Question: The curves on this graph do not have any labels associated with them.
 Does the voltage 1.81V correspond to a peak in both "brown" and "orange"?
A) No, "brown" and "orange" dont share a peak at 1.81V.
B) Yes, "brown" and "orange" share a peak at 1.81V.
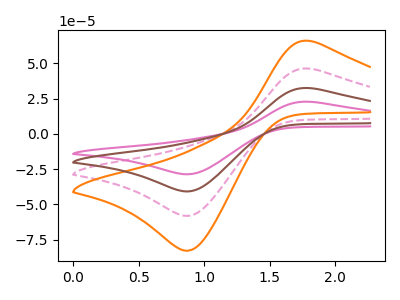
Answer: <think>The pink curve "pink" has an anodic peak at (1.80V, 138.35uA) and a cathodic peak at (0.90V, -174.25uA). The pink dashed curve "pink dashed" has an anodic peak at (1.80V, 46.10uA) and a cathodic peak at (0.90V, -58.10uA). The orange curve "orange" has an anodic peak at (1.80V, 65.70uA) and a cathodic peak at (0.90V, -82.75uA). The brown curve "brown" has an anodic peak at (1.80V, 92.25uA) and a cathodic peak at (0.90V, -116.15uA).</think>
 <answer>B) Yes, "brown" and "orange" share a peak at 1.81V.</answer>
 <eval>B</eval>